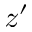
z ^ { \prime }